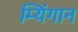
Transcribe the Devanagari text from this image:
म्यिंगान